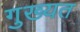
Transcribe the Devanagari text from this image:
गुख्यत